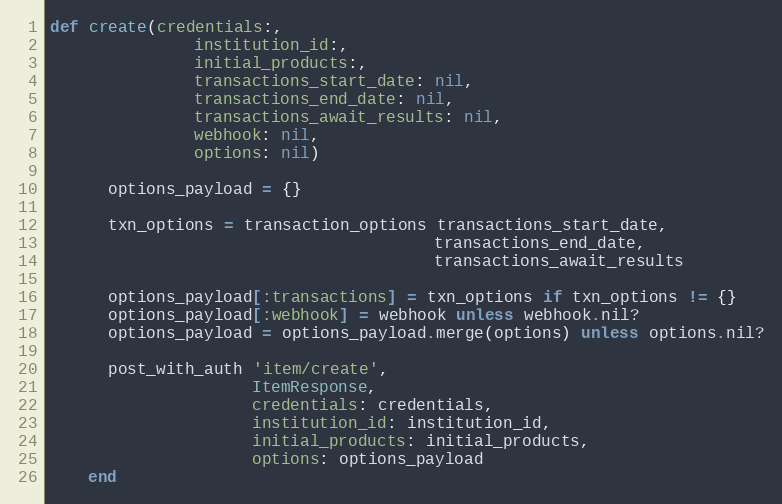
Language: Ruby
def create(credentials:,
               institution_id:,
               initial_products:,
               transactions_start_date: nil,
               transactions_end_date: nil,
               transactions_await_results: nil,
               webhook: nil,
               options: nil)

      options_payload = {}

      txn_options = transaction_options transactions_start_date,
                                        transactions_end_date,
                                        transactions_await_results

      options_payload[:transactions] = txn_options if txn_options != {}
      options_payload[:webhook] = webhook unless webhook.nil?
      options_payload = options_payload.merge(options) unless options.nil?

      post_with_auth 'item/create',
                     ItemResponse,
                     credentials: credentials,
                     institution_id: institution_id,
                     initial_products: initial_products,
                     options: options_payload
    end